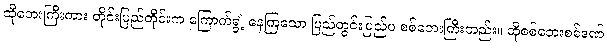
ထိုဘေးကြီးကား တိုင်းပြည်တိုင်းက ကြောက်ရွံ့ နေကြသော ပြည်တွင်းပြည်ပ စစ်ဘေးကြီးတည်း။ ထိုစစ်ဘေးစစ်ဒဏ်